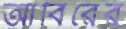
আবিরের